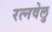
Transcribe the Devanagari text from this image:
रत्नवेलु